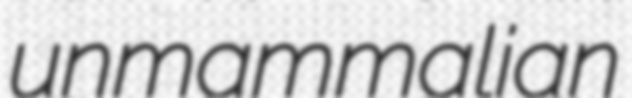
unmammalian